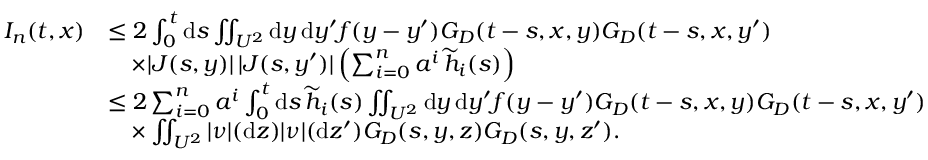
\begin{array} { r l } { I _ { n } ( t , x ) } & { \le 2 \int _ { 0 } ^ { t } \ensuremath { \mathrm { d } } s \iint _ { U ^ { 2 } } \ensuremath { \mathrm { d } } y \, \ensuremath { \mathrm { d } } y ^ { \prime } f ( y - y ^ { \prime } ) G _ { D } ( t - s , x , y ) G _ { D } ( t - s , x , y ^ { \prime } ) } \\ & { \quad \times | J ( s , y ) | \, | J ( s , y ^ { \prime } ) | \left( \sum _ { i = 0 } ^ { n } a ^ { i } \, \widetilde { h } _ { i } ( s ) \right) } \\ & { \le 2 \sum _ { i = 0 } ^ { n } a ^ { i } \int _ { 0 } ^ { t } \ensuremath { \mathrm { d } } s \, \widetilde { h } _ { i } ( s ) \iint _ { U ^ { 2 } } \ensuremath { \mathrm { d } } y \, \ensuremath { \mathrm { d } } y ^ { \prime } f ( y - y ^ { \prime } ) G _ { D } ( t - s , x , y ) G _ { D } ( t - s , x , y ^ { \prime } ) } \\ & { \quad \times \iint _ { U ^ { 2 } } | \nu | ( \ensuremath { \mathrm { d } } z ) | \nu | ( \ensuremath { \mathrm { d } } z ^ { \prime } ) G _ { D } ( s , y , z ) G _ { D } ( s , y , z ^ { \prime } ) . } \end{array}